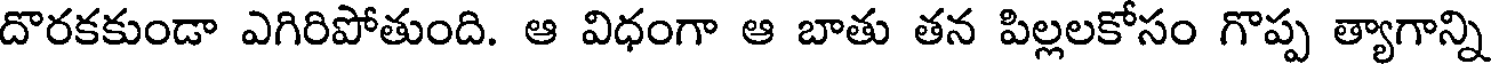
దొరకకుండా ఎగిరిపోతుంది. ఆ విధంగా ఆ బాతు తన పిల్లలకోసం గొప్ప త్యాగాన్ని